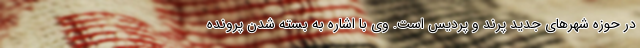
در حوزه شهرهای جدید پرند و پردیس است. وی با اشاره به بسته شدن پرونده